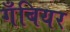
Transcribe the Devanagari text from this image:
गँबियर